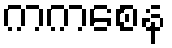
ကကစေန